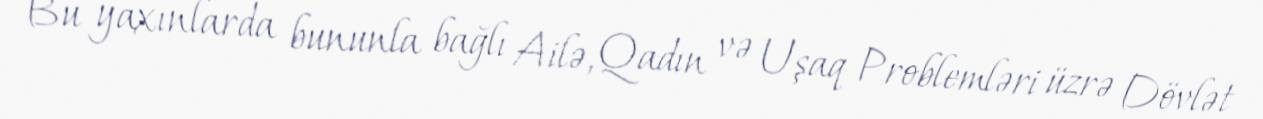
Bu yaxınlarda bununla bağlı Ailə, Qadın və Uşaq Problemləri üzrə Dövlət